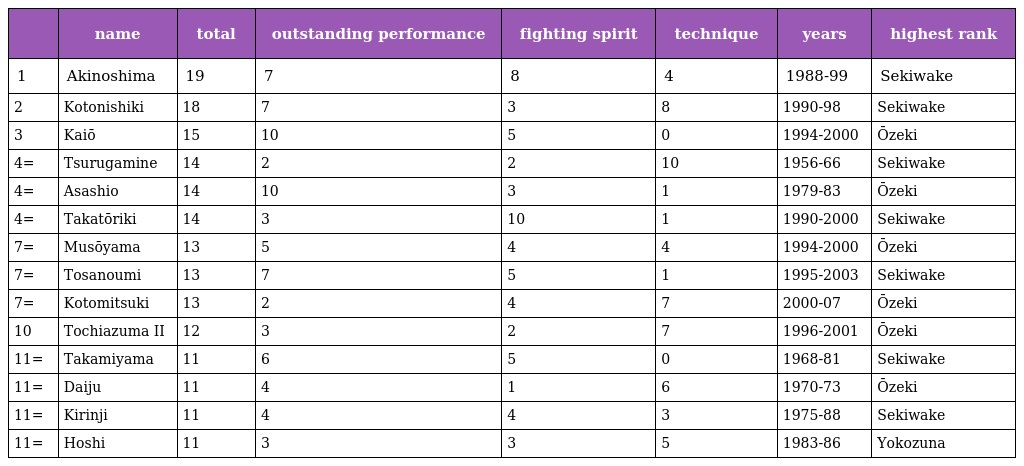
|  | name | total | outstanding performance | fighting spirit | technique | years | highest rank |
 | --- | --- | --- | --- | --- | --- | --- | --- |
 | 1 | Akinoshima | 19 | 7 | 8 | 4 | 1988-99 | Sekiwake |
 | 2 | Kotonishiki | 18 | 7 | 3 | 8 | 1990-98 | Sekiwake |
 | 3 | Kaiō | 15 | 10 | 5 | 0 | 1994-2000 | Ōzeki |
 | 4= | Tsurugamine | 14 | 2 | 2 | 10 | 1956-66 | Sekiwake |
 | 4= | Asashio | 14 | 10 | 3 | 1 | 1979-83 | Ōzeki |
 | 4= | Takatōriki | 14 | 3 | 10 | 1 | 1990-2000 | Sekiwake |
 | 7= | Musōyama | 13 | 5 | 4 | 4 | 1994-2000 | Ōzeki |
 | 7= | Tosanoumi | 13 | 7 | 5 | 1 | 1995-2003 | Sekiwake |
 | 7= | Kotomitsuki | 13 | 2 | 4 | 7 | 2000-07 | Ōzeki |
 | 10 | Tochiazuma II | 12 | 3 | 2 | 7 | 1996-2001 | Ōzeki |
 | 11= | Takamiyama | 11 | 6 | 5 | 0 | 1968-81 | Sekiwake |
 | 11= | Daiju | 11 | 4 | 1 | 6 | 1970-73 | Ōzeki |
 | 11= | Kirinji | 11 | 4 | 4 | 3 | 1975-88 | Sekiwake |
 | 11= | Hoshi | 11 | 3 | 3 | 5 | 1983-86 | Yokozuna |